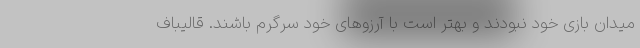
میدان بازی خود نبودند و بهتر است با آرزوهای خود سرگرم باشند. قالیباف